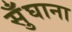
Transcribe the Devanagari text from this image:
सुँघाना